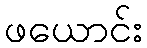
ဖယောင်း